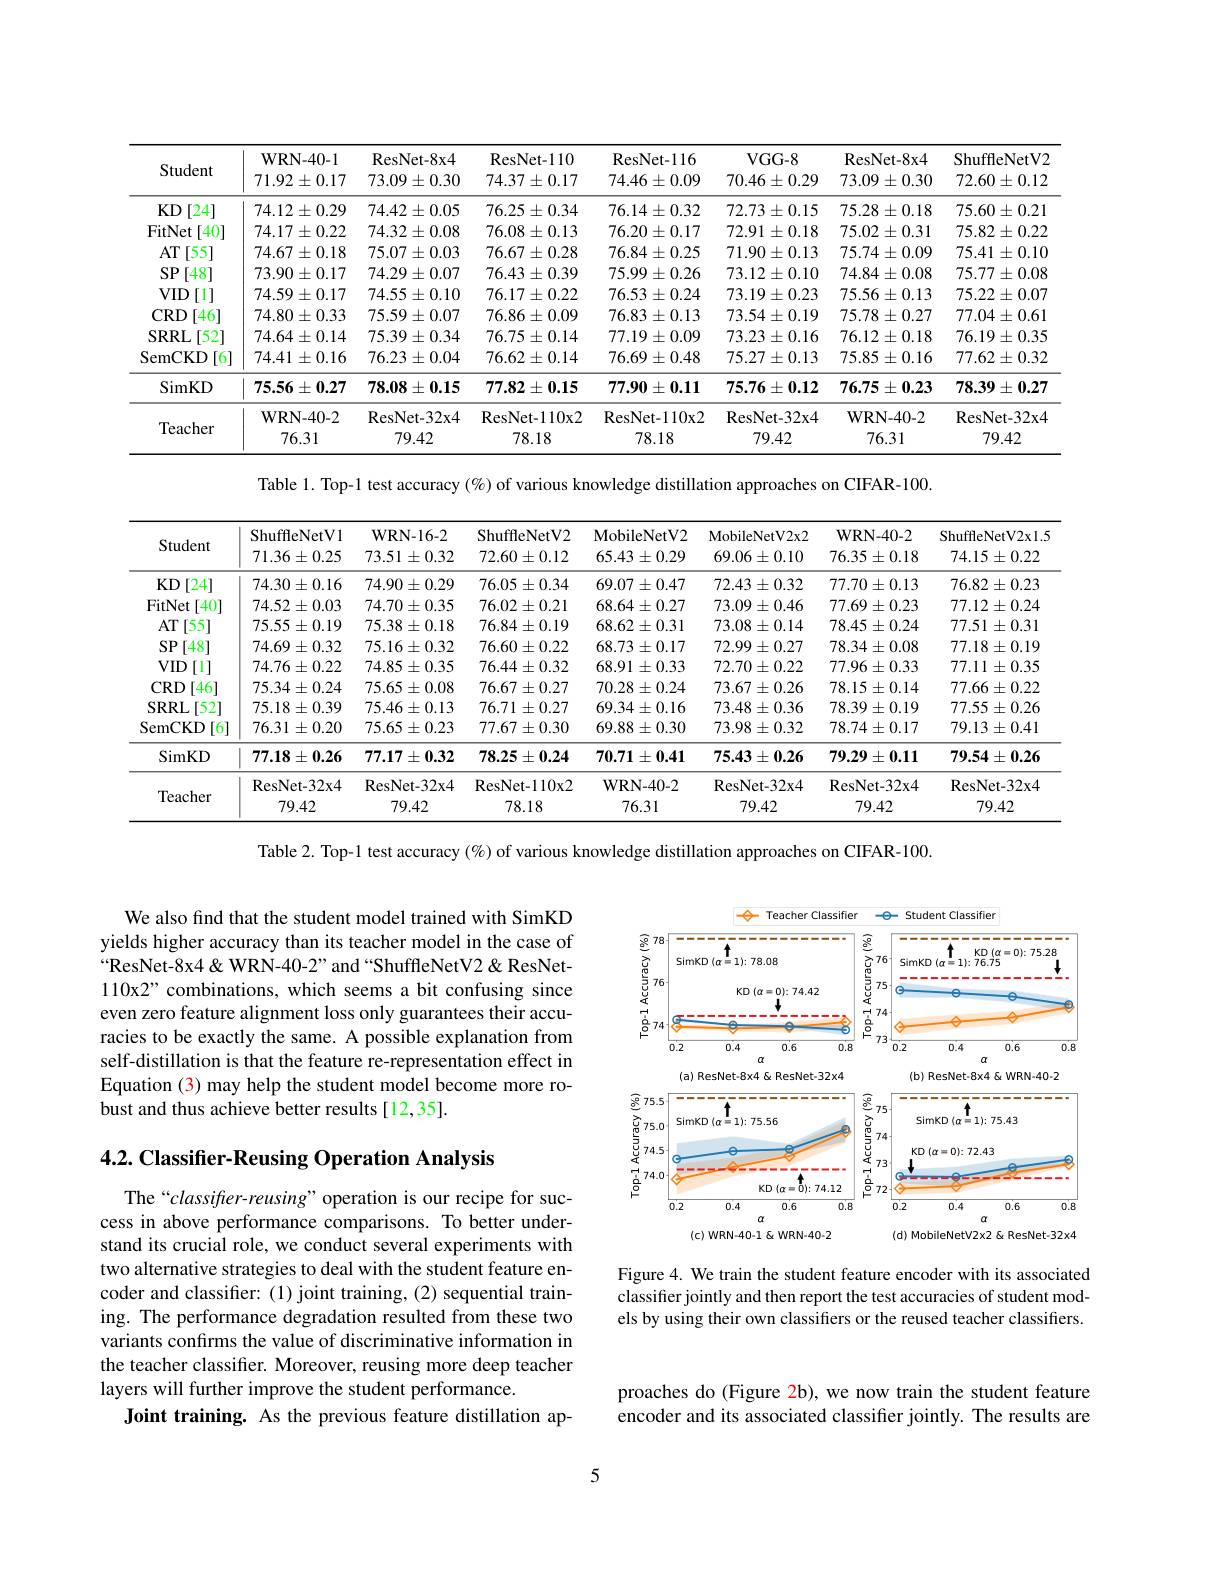
<table>
	<tbody>
		<tr>
			<th>Student</th>
			<th>$\mathbf{WRN-40-1}$ $71.92\pm0.17$</th>
			<th>ResNet- 8x4 $73.09\pm0.30$</th>
			<th>ResNet- 110 $74.37\pm0.17$</th>
			<th>ResNet- 116 $74.46\pm0.09$</th>
			<th>VGG-8 $70.46\pm0.29$</th>
			<th>ResNet- 8x4 $73.09\pm0.30$</th>
			<th>ShuffleNetV2 $72.60\pm0.12$</th>
		</tr>
		<tr>
			<td>[24] $KD$ </td>
			<td>$74.12\pm0.29$</td>
			<td>$74.42\pm0.05$</td>
			<td>$76.25\pm0.34$</td>
			<td>$$76.14\pm0.32$$</td>
			<td>$$72.73\pm0.15$$</td>
			<td>$75.28\pm0.18$</td>
			<td>$75.60\pm0.21$</td>
		</tr>
		<tr>
			<td>FitNet [40]</td>
			<td>$74.17\pm0.22$</td>
			<td>$74.32\pm0.08$</td>
			<td>$76.08\pm0.13$</td>
			<td>$76.20\pm0.17$</td>
			<td>$72.91\pm0.18$</td>
			<td>$75.02\pm0.31$</td>
			<td>$75.82\pm0.22$</td>
		</tr>
		<tr>
			<td>$AT$ :[55]</td>
			<td>$74.67\pm0.18$</td>
			<td>$75.07\pm0.03$</td>
			<td>$76.67\pm0.28$</td>
			<td>$$76.84\pm0.25$$</td>
			<td>$71.90\pm0.13$</td>
			<td>$75.74\pm0.09$</td>
			<td>$75.41\pm0.10$</td>
		</tr>
		<tr>
			<td>$SP$ [48]</td>
			<td>$73.90\pm0.17$</td>
			<td>$74.29\pm0.07$</td>
			<td>$76.43\pm0.39$</td>
			<td>$75.99\pm0.26$</td>
			<td>$73.12\pm0.10$</td>
			<td>$74.84\pm0.08$</td>
			<td>$75.77\pm0.08$</td>
		</tr>
		<tr>
			<td>$VID$ [1]</td>
			<td>$74.59\pm0.17$</td>
			<td>$74.55\pm0.10$</td>
			<td>$76.17\pm0.22$</td>
			<td>$76.53\pm0.24$</td>
			<td>$73.19\pm0.23$</td>
			<td>$75.56\pm0.13$</td>
			<td>$75.22\pm0.07$</td>
		</tr>
		<tr>
			<td>[46] $CRD$</td>
			<td>$74.80\pm0.33$</td>
			<td>$75.59\pm0.07$</td>
			<td>$76.86\pm0.09$</td>
			<td>$76.83\pm0.13$</td>
			<td>$73.54\pm0.19$</td>
			<td>$75.78\pm0.27$</td>
			<td>$77.04\pm0.61$</td>
		</tr>
		<tr>
			<td>[52] $SRRL$</td>
			<td>$$74.64\pm0.14$$</td>
			<td>$75.39\pm0.34$</td>
			<td>$76.75\pm0.14$</td>
			<td>$77.19\pm0.09$</td>
			<td>$73.23\pm0.16$</td>
			<td>$76.12\pm0.18$</td>
			<td>$76.19\pm0.35$</td>
		</tr>
		<tr>
			<td>SemCKD [6] 1 1</td>
			<td>$74.41\pm0.16$</td>
			<td>$76.23\pm0.04$</td>
			<td>$76.62\pm0.14$</td>
			<td>$76.69\pm0.48$</td>
			<td>$75.27\pm0.13$</td>
			<td>$75.85\pm0.16$</td>
			<td>$77.62\pm0.32$</td>
		</tr>
		<tr>
			<td>SimKD</td>
			<td>$75.56\pm0.27$</td>
			<td>$78.08\pm0.15$</td>
			<td>$77.82\pm0.15$</td>
			<td>$77.90\pm0.11$</td>
			<td>$75.76\pm0.12$</td>
			<td>$76.75\pm0.23$</td>
			<td>78.39 ${\mathbf{y}}\pm{\mathbf{0}}.27$</td>
		</tr>
		<tr>
			<td rowspan="3">Teacher</td>
			<td>$\mathbf{WRN-40-2}$ 76.31</td>
			<td>ResNet- 32x4 79.42</td>
			<td>ResNet- 110x2 78.18</td>
			<td>ResNet- 110x2 78.18</td>
			<td>ResNet- 32x4 79.42</td>
			<td>$\mathbf{WRN-40-2}$ 76.31</td>
			<td>ResNet- 32x4 79.42</td>
		</tr>
		<tr>
			<td>$\mathbf{WRN-40-2}$</td>
			<td>ResNet- 32x4</td>
			<td>ResNet- 110x2</td>
			<td>ResNet- 110x2</td>
			<td>ResNet- 32x4</td>
			<td>WRN-40-2</td>
			<td>ResNet- 32x4</td>
		</tr>
		<tr>
			<td>76.31</td>
			<td>79.42</td>
			<td>78.18</td>
			<td>78.18</td>
			<td>79.42</td>
			<td>76.31</td>
			<td>79.42</td>
		</tr>
	</tbody>
</table>

Table 1. Top-1 test accuracy $(\%)$ of various knowledge distillation approaches on CIFAR-100.

<table>
	<tbody>
		<tr>
			<th>Student</th>
			<th>ShuffleNetV1 $71.36\pm0.25$</th>
			<th>$\mathbf{WRN-16-2}$ $73.51\pm0.32$</th>
			<th>ShuffleNetV2 $72.60\pm0.12$</th>
			<th>MobileNetV2 $65.43\pm0.29$</th>
			<th>MobileNetV2x2 $69.06\pm0.10$</th>
			<th>$\mathbf{WRN-40-2}$ $76.35\pm0.18$</th>
			<th>ShuffleNetV2xl.S $74.15\pm0.22$</th>
		</tr>
		<tr>
			<td>$KD$ [24]</td>
			<td>$74.30\pm0.16$</td>
			<td>$74.90\pm0.29$</td>
			<td>$76.05\pm0.34$</td>
			<td>$69.07\pm0.47$</td>
			<td>$72.43\pm0.32$</td>
			<td>$77.70\pm0.13$</td>
			<td>$76.82\pm0.23$</td>
		</tr>
		<tr>
			<td>FitNet [40]</td>
			<td>$74.52\pm0.03$</td>
			<td>$74.70\pm0.35$</td>
			<td>$76.02\pm0.21$</td>
			<td>$68.64\pm0.27$</td>
			<td>$73.09\pm0.46$</td>
			<td>$77.69\pm0.23$</td>
			<td>$77.12\pm0.24$</td>
		</tr>
		<tr>
			<td>AT[55]</td>
			<td>$75.55\pm0.19$</td>
			<td>$75.38\pm0.18$</td>
			<td>$76.84\pm0.19$</td>
			<td>$68.62\pm0.31$</td>
			<td>$73.08\pm0.14$</td>
			<td>$78.45\pm0.24$</td>
			<td>$77.51\pm0.31$</td>
		</tr>
		<tr>
			<td>$SP$ 48</td>
			<td>$74.69\pm0.32$</td>
			<td>$75.16\pm0.32$</td>
			<td>$76.60\pm0.22$</td>
			<td>$68.73\pm0.17$</td>
			<td>$72.99\pm0.27$</td>
			<td>$78.34\pm0.08$</td>
			<td>$77.18\pm0.19$</td>
		</tr>
		<tr>
			<td>$VID$ [1]</td>
			<td>$74.76\pm0.22$</td>
			<td>$74.85\pm0.35$</td>
			<td>$76.44\pm0.32$</td>
			<td>$68.91\pm0.33$</td>
			<td>$72.70\pm0.22$</td>
			<td>$77.96\pm0.33$</td>
			<td>$77.11\pm0.35$</td>
		</tr>
		<tr>
			<td>$CRD$ 46</td>
			<td>$75.34\pm0.24$</td>
			<td>$75.65\pm0.08$</td>
			<td>$76.67\pm0.27$</td>
			<td>$70.28\pm0.24$</td>
			<td>73.67 $7\pm0.26$</td>
			<td>$78.15\pm0.14$</td>
			<td>$77.66\pm0.22$</td>
		</tr>
		<tr>
			<td>SRRL[52]</td>
			<td>$75.18\pm0.39$</td>
			<td>$75.46\pm0.13$</td>
			<td>76.71: $\pm0.27$ =</td>
			<td>$69.34\pm0.16$</td>
			<td>$73.48\pm0.36$</td>
			<td>$78.39\pm0.19$</td>
			<td>$77.55\pm0.26$</td>
		</tr>
		<tr>
			<td>SemCKD [6]</td>
			<td>$76.31\pm0.20$</td>
			<td>$75.65\pm0.23$</td>
			<td>$77.67\pm0.30$</td>
			<td>$69.88\pm0.30$</td>
			<td>$73.98\pm0.32$</td>
			<td>$78.74\pm0.17$</td>
			<td>$79.13\pm0.41$</td>
		</tr>
		<tr>
			<td>SimKD</td>
			<td>$77.18\pm0.26$</td>
			<td>$77.17\pm0.32$</td>
			<td>$78.25\pm0.24$</td>
			<td>$70.71\pm0.41$</td>
			<td>$75.43\pm0.26$</td>
			<td>$79.29\pm0.11$</td>
			<td>$79.54\pm0.26$</td>
		</tr>
		<tr>
			<td>Teacher</td>
			<td>ResNet- 32x4 79.42</td>
			<td>ResNet- 32x4 79.42</td>
			<td>ResNet- 110x2 78.18</td>
			<td>$\mathbf{WRN-40-2}$ 76.31</td>
			<td>ResNet- 32x4 79.42</td>
			<td>ResNet- 32x4 79.42</td>
			<td>ResNet- 32x4 79.42</td>
		</tr>
		<tr>
			<td>Iedcner</td>
			<td>79.42</td>
			<td>79.42</td>
			<td>78.18</td>
			<td>76.31</td>
			<td>79.42</td>
			<td>79.42</td>
			<td>79.42</td>
		</tr>
	</tbody>
</table>

Table 2. Top-1 test accuracy $(\%)$ of various knowledge distillation approaches on CIFAR-100.

We also find that the student model trained with SimKD yields higher accuracy than its teacher model in the case of “ResNet-8x4& WRN-40-2” and“ShuffleNetV2& ResNet- 110x2" combinations, which seems a bit confusing since even zero feature alignment loss only guarantees their accuracies to be exactly the same. A possible explanation from self-distillation is that the feature re-representation effect in Equation (3) may help the student model become more robust and thus achieve better results [12,35].

<FigureHere>

4.2. Classifier-Reusing Operation Analysis

Figure 4. We train the student feature encoder with its associated classifier jointly and then report the test accuracies of student models by using their own classifiers or the reused teacher classifiers.

The“classifrer-reusing”operation is our recipe for success in above performance comparisons. To better understand its crucial role, we conduct several experiments with two alternative strategies to deal with the student feature encoder and classifier: (1) joint training, (2) sequential training. The performance degradation resulted from these two variants confırms the value of discriminative information in the teacher classifier. Moreover, reusing more deep teacher layers will further improve the student performance.
Joint training. As the previous feature distillation ap-

proaches do (Figure 2b), we now train the student feature encoder and its associated classifier jointly. The results are

5